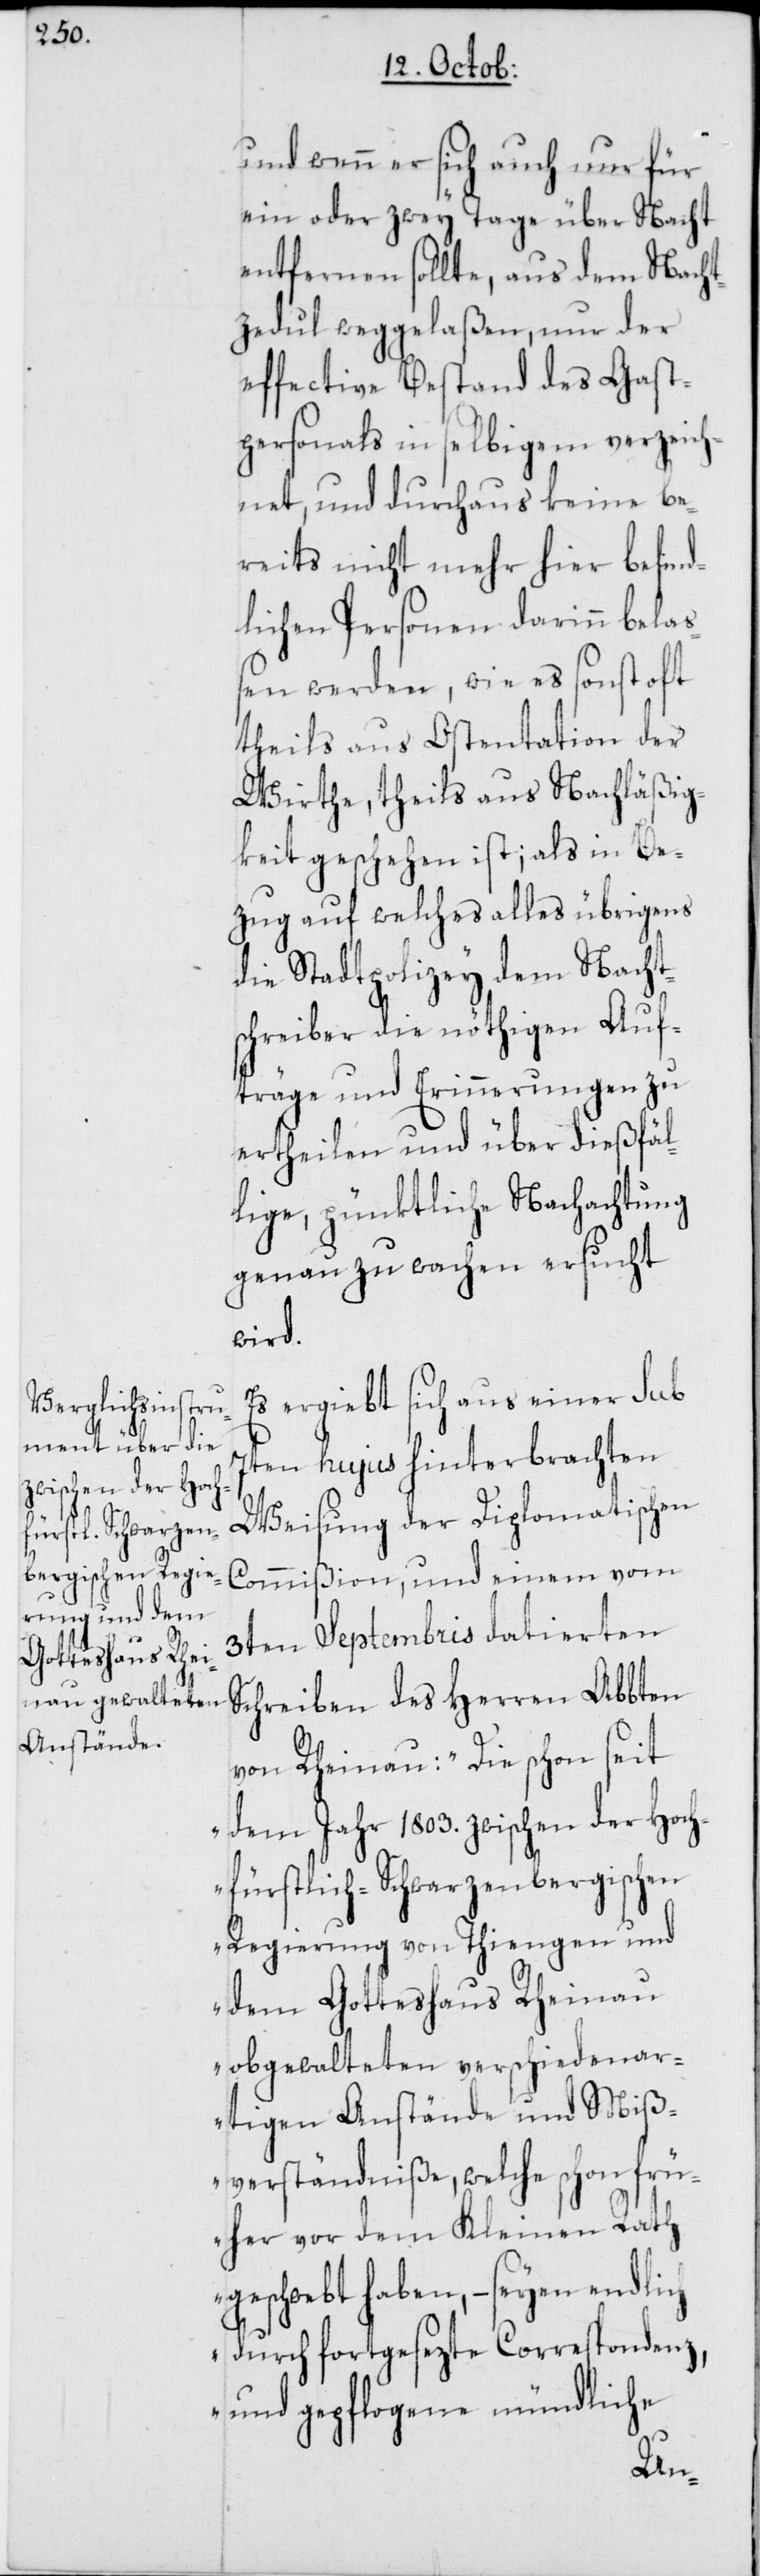
und wenn er sich auch nur für
ein oder zwey Tage über Nacht
entfernen sollte, aus dem Nach¬
tzedul weggelaßen, nur der
effective Bestand des Gast¬
personals in selbigem verzeich¬
net, und durchaus keine be¬
reits nicht mehr hier befin¬
dlichen Personen darinn bela¬
ßen werden, wie es sonst oft
theils aus Ostentation der
Wirthe, theils aus Nachläßig¬
keit geschehen ist; als in Be¬
zug auf welches alles übrigens
die Stadtpolizey dem Nacht¬
schreiber die nöthigen Auf¬
träge und Erinnerungen zu
ertheilen und über dießfäl¬
lige, pünktliche Nachachtung
genau zu wachen ersucht
wird.
Es ergiebt sich aus einer sub
7ten hujus hinterbrachten
Weisung der Diplomatischen
Commißion, und einem vom
3ten Septembris datierten
Schreiben des Herren Abbten
von Rheinau: „Die schon seit
dem Jahr 1803. zwischen der Hoch¬
fürstlich-Schwarzenbergischen
Regierung von Thiengen und
dem Gotteshaus Rheinau
obgewalteten verschiedenar¬
tigen Anstände und Miß¬
verständniße, welche schon frü¬
her vor dem Kleinen Rath
geschwebt haben, – seyen
durch fortgesezte Correspondenz,
und gepflogene mündliche